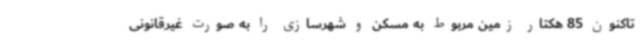
تاکنون 85 هکتار زمین مربوط به مسکن و شهرسازی را به صورت غیرقانونی